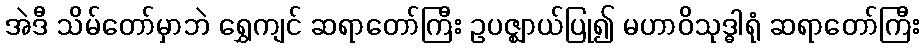
အဲဒီ သိမ်တော်မှာဘဲ ရွှေကျင် ဆရာတော်ကြီး ဥပဇ္ဈာယ်ပြု၍ မဟာဝိသုဒ္ဓါရုံ ဆရာတော်ကြီး